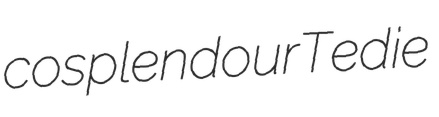
cosplendour Tedie